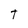
Character: T